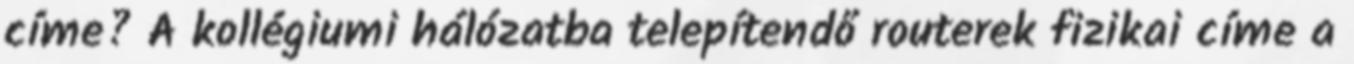
címe? A kollégiumi hálózatba telepítendő routerek fizikai címe a